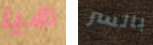
هيا بالسر